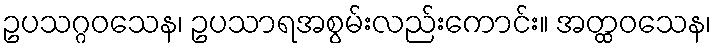
ဥပသဂ္ဂဝသေန၊ ဥပသာရအစွမ်းလည်းကောင်း။ အတ္ထဝသေန၊